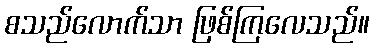
စသည်လောက်သာ ဖြစ်ကြလေသည်။